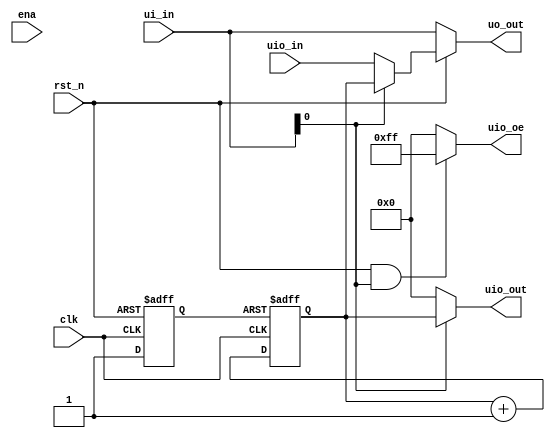
/*
 * tt_um_factory_test.v
 *
 * Test user module
 *
 */

`default_nettype none

module tt_um_factory_test (
    input  wire [7:0] ui_in,    // Dedicated inputs
    output wire [7:0] uo_out,   // Dedicated outputs
    input  wire [7:0] uio_in,   // IOs: Input path
    output wire [7:0] uio_out,  // IOs: Output path
    output wire [7:0] uio_oe,   // IOs: Enable path (active high: 0=input, 1=output)
    input  wire       ena,      // always 1 when the design is powered, so you can ignore it
    input  wire       clk,      // clock
    input  wire       rst_n     // reset_n - low to reset
);

  reg rst_n_i;
  reg [7:0] cnt;

  always @(posedge clk or negedge rst_n)
    if (~rst_n) rst_n_i <= 1'b0;
    else rst_n_i <= 1'b1;

  always @(posedge clk or negedge rst_n_i)
    if (~rst_n_i) cnt <= 0;
    else cnt <= cnt + 1;

  assign uo_out  = ~rst_n ? ui_in : ui_in[0] ? cnt : uio_in;
  assign uio_out = ui_in[0] ? cnt : 8'h00;
  assign uio_oe  = rst_n && ui_in[0] ? 8'hff : 8'h00;

  // avoid linter warning about unused pins:
  wire _unused_pins = ena;

endmodule  // tt_um_factory_test